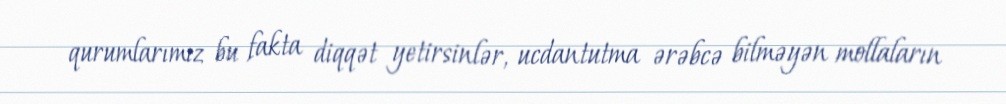
qurumlarımız bu fakta diqqət yetirsinlər, ucdantutma ərəbcə bilməyən mollaların